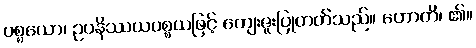
ပစ္စယော၊ ဥပနိဿယပစ္စယဖြင့် ကျေးဇူးပြုတတ်သည်။ ဟောတိ၊ ၏။